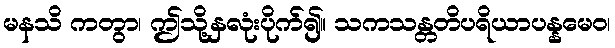
မနသိ ကတွာ၊ ဤသို့နှလုံးပိုက်၍။ သကသန္တတိပရိယာပန္နမေဝ၊